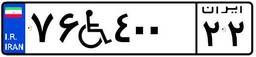
۷۶W۴۰۰۲۲